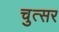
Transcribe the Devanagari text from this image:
चुत्सर